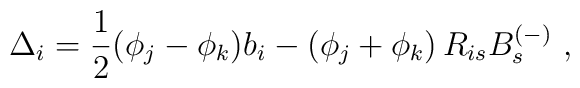
\Delta_i=\frac{1}{2}(\phi_j-\phi_k)b_i-(\phi_j+\phi_k)\,R_{is}B^{(-)}_s~,